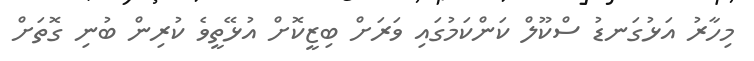
މިހާރު އަޅުގަނޑު ސްކޫލް ކަންކަމުގައި ވަރަށް ބިޒީކޮށް އުޅޭތީވެ ކުރިން ބުނި ގޮތަށް